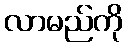
လာမည်ကို